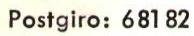
Postgiro: 681 82